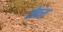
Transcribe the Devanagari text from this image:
दोबरा